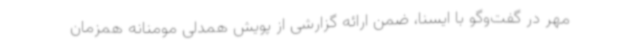
مهر در گفت‌وگو با ایسنا، ضمن ارائه گزارشی از پویش همدلی مومنانه همزمان